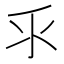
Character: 𰛆